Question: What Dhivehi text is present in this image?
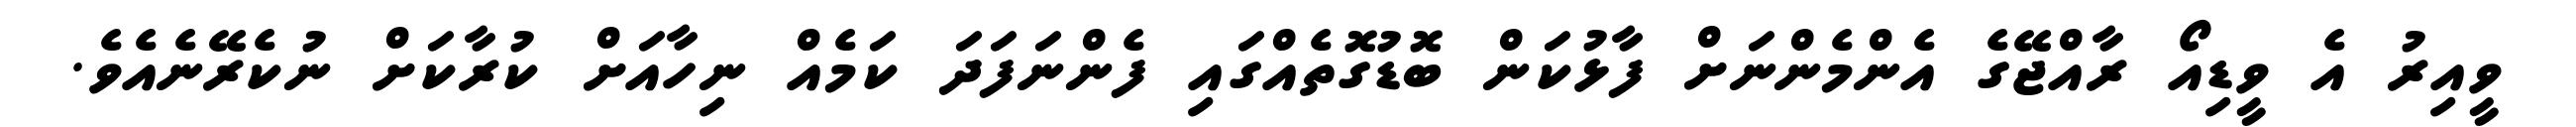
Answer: ވީއިރު އެ ވީޑިއޯ ރާއްޖޭގެ އެންމެންނަށް ފާޅުކަން ބޮޑުގޮތެއްގައި ފެންނަފަދަ ކަމެއް ނިހާއަށް ކުރާކަށް ނުކެރޭނެއެވެ.